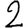
Digit: 2